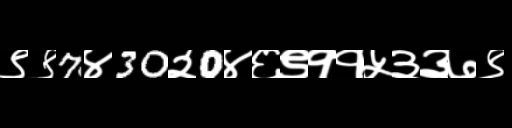
Text: ९९7४30२0४६९११५३३७९